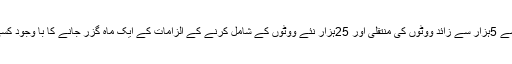
بدھ کو میڈیا سے گفتگو کرتے ہوئے عبدالعلیم خان نے کہا کہ این اے122سے 5ہزار سے زائد ووٹوں کی منتقلی اور 25ہزار نئے ووٹوں کے شامل کرنے کے الزامات کے ایک ماہ گزر جانے کا با وجود کسی بھی حکومتی ادارے یا عہدیدار کی طرف سے ان کی تردید نہیں کی گئی ۔